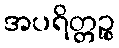
အပရိတ္တဉ္စ